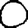
Digit: 0